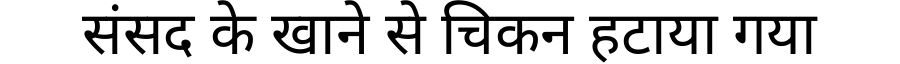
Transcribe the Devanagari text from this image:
संसद के खाने से चिकन हटाया गया